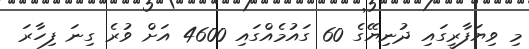
މި ވިޔަފާރީގައި ދުނިޔޭގެ 60 ގައުމެއްގައި 4600 އަށް ވުރެ ގިނަ ފިހާރަ